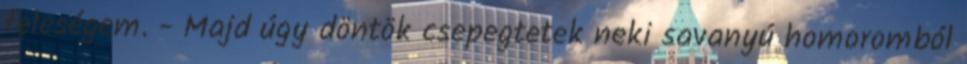
feleségem. - Majd úgy döntök csepegtetek neki savanyú homoromból